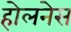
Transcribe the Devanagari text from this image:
होलनेस